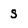
Character: S